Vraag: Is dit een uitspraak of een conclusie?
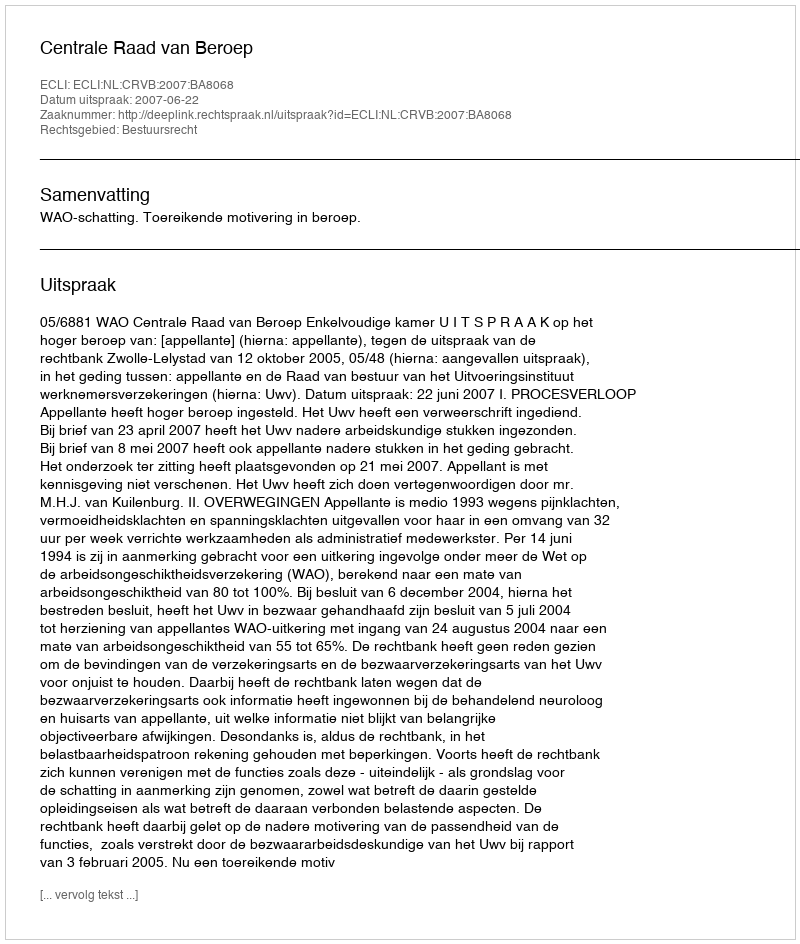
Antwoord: Uitspraak